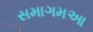
સમાગમઆ